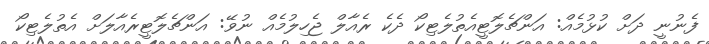
ފެނުނީ ދަށް ކުޅުމެއް: އަންޗެލޮޓީއެތުލެޓިކޯ ދެކެ ރެއާލް ޖެހިލުމެއް ނުވޭ: އަންޗެލޮޓީރެއާލަށް އެތުލެޓިކޯ